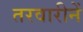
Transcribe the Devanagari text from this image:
तरवारीनें